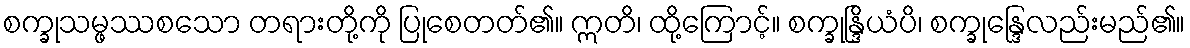
စက္ခုသမ္ဖဿစသော တရားတို့ကို ပြုစေတတ်၏။ ဣတိ၊ ထို့ကြောင့်။ စက္ခုန္ဒြိယံပိ၊ စက္ခုန္ဒြေလည်းမည်၏။